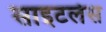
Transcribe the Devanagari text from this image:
साइटलेस